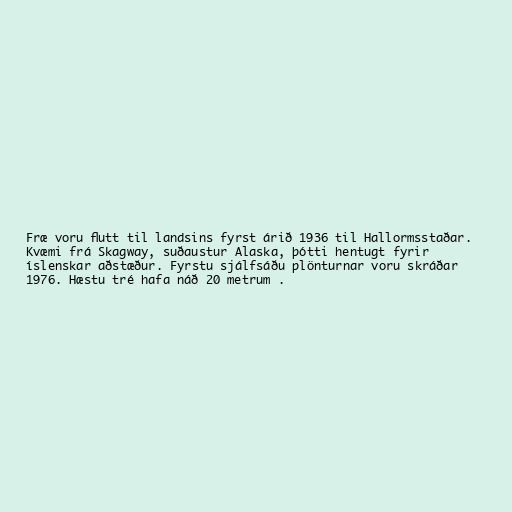
Fræ voru flutt til landsins fyrst árið 1936 til Hallormsstaðar.
Kvæmi frá Skagway, suðaustur Alaska, þótti hentugt fyrir
íslenskar aðstæður. Fyrstu sjálfsáðu plönturnar voru skráðar
1976. Hæstu tré hafa náð 20 metrum .